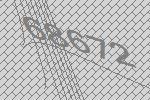
68672